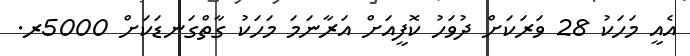
އެއީ މަހަކު 28 ވަރަކަށް ދުވަހު ކޮފީއަށް އަރާނަމަ މަހަކު ގާތްގަނޑަކަށް 5000ރ.